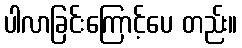
ပါလာခြင်းကြောင့်ပေ တည်း။